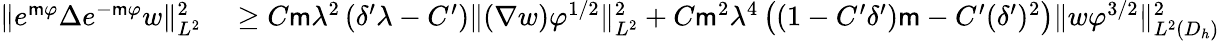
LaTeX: \begin{array}{rl}{\| e^{\mathsf{m}\varphi}\Delta e^{-\mathsf{m}\varphi}w\| _{L^{2}}^{2}}&{{}\geq C\mathsf{m}\lambda^{2}\left(\delta^{\prime}\lambda-C^{\prime}\right)\| (\nabla w)\varphi^{1/2}\| _{L^{2}}^{2}+C\mathsf{m}^{2}\lambda^{4}\left((1-C^{\prime}\delta^{\prime})\mathsf{m}-C^{\prime}(\delta^{\prime})^{2}\right)\| w\varphi^{3/2}\| _{L^{2}(D_{h})}^{2}}\end{array}